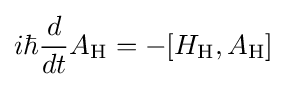
i\hbar {\frac {d}{dt}}A_{\text{H}}=-[H_{\text{H}},A_{\text{H}}]~